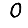
Digit: 0